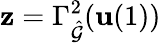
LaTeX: \mathbf{z}=\Gamma_{\hat{\mathcal{G}}}^{2}(\mathbf{u}(1))